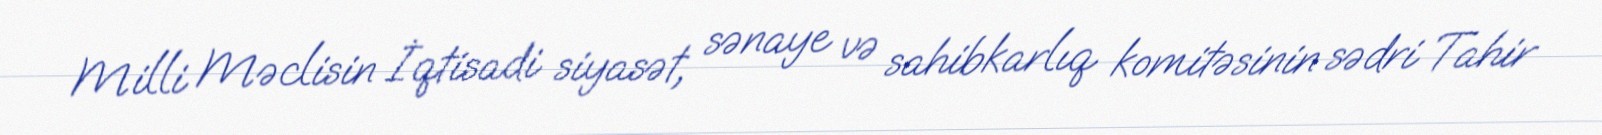
Milli Məclisin İqtisadi siyasət, sənaye və sahibkarlıq komitəsinin sədri Tahir